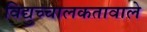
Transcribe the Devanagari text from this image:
विद्युच्चालकतावाले